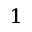
_ 1